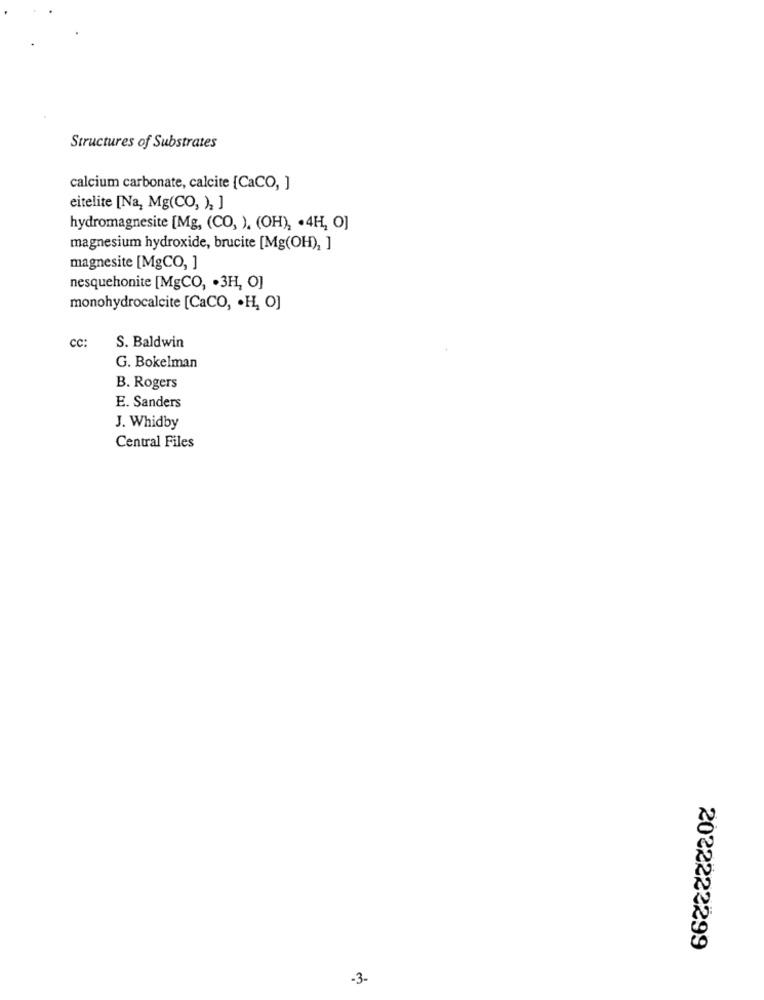
Structures of Substrates
calcium carbonate, calcite [CaCO, ]
eitelite [Na, Mg(CO, )2 ]
hydromagnesite [Mg, (CO, ), (OH), . 4H, O]
magnesium hydroxide, brucite [Mg(OH), ]
magnesite [MgCO, ]
nesquehonite [MgCO, . 3H, O]
monohydrocalcite [CaCO, · H, O]
cc:
S. Baldwin
G. Bokelman
B. Rogers
E. Sanders
J. Whidby
Central Files
2022222299
-3.